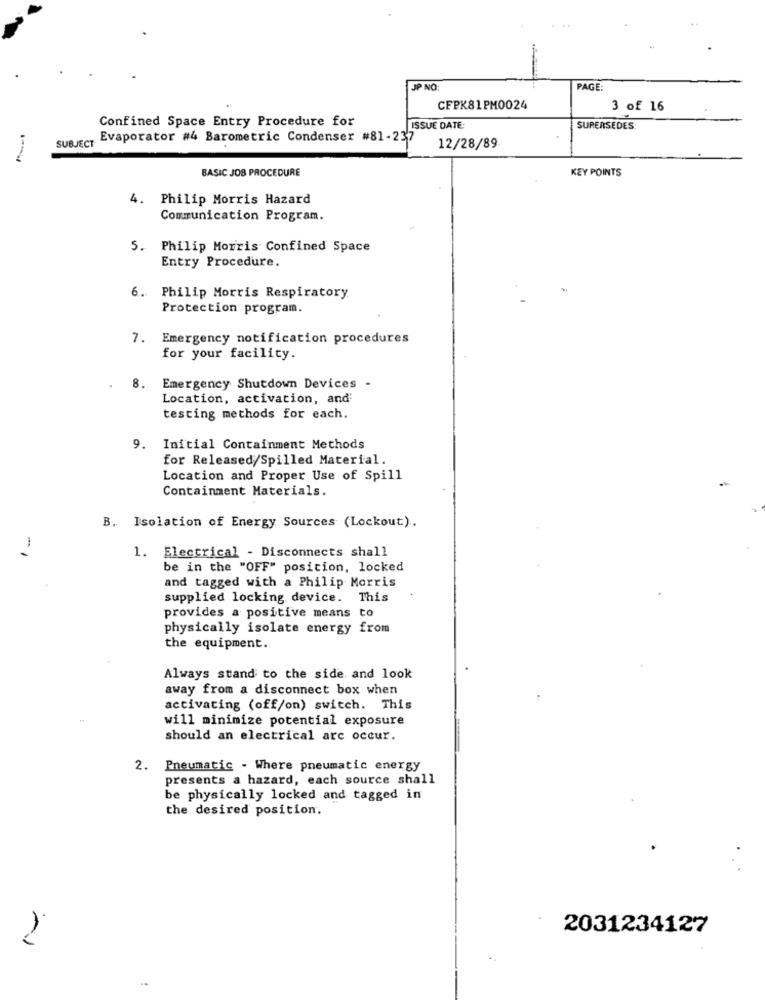
-
JP NO:
PAGE:
CFPK81PM0024
3 of 16
Confined Space Entry Procedure for
ISSUE DATE:
SUPERSEDES
Evaporator #4 Barometric Condenser #81-237
SUBJECT
12/28/89
BASIC JOS PROCEDURE
KEY POINTS
4. Philip Morris Hazard
Communication Program.
5. Philip Morris Confined Space
Entry Procedure.
Philip Morris Respiratory
Protection program.
7. Emergency notification procedures
for your facility.
8.
Emergency Shutdown Devices -
Location, activation, and
testing methods for each.
9. Initial Containment Methods
for Released/Spilled Material.
Location and Proper Use of Spill
Containment Materials.
B. Isolation of Energy Sources (Lockout).
- 1
1. Electrical - Disconnects shall
be in the "OFF" position, locked
and tagged with a Philip Morris
supplied locking device. This
provides a positive means to
physically isolate energy from
the equipment.
Always stand to the side and look
away from a disconnect box when
activating (off/on) switch. This
will minimize potential exposure
should an electrical arc occur.
2. Pneumatic - Where pneumatic energy
presents a hazard, each source shall
be physically locked and tagged in
the desired position.
2031234127